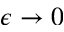
\epsilon \rightarrow 0